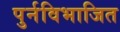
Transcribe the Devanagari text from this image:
पुर्नविभाजित